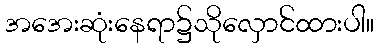
အအေးဆုံးနေရာ၌သိုလှောင်ထားပါ။